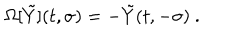
\Omega [ \tilde { Y } ] ( t , \sigma ) = - \tilde { Y } ( t , - \sigma ) \ .